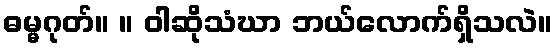
ဓမ္မဂုတ်။ ။ ဝါဆိုသံဃာ ဘယ်လောက်ရှိသလဲ။